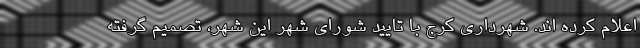
اعلام کرده اند. شهرداری کرج با تایید شورای شهر این شهر، تصمیم گرفته